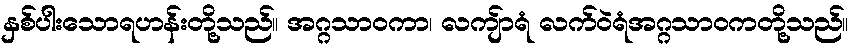
နှစ်ပါးသောရဟန်းတို့သည်။ အဂ္ဂသာဝကာ၊ လကျ်ာရံ လက်ဝဲရံအဂ္ဂသာဝကတို့သည်။